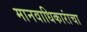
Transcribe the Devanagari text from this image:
मानवाधिकारांचा